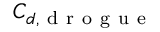
C _ { d , \mathrm { ~ d ~ r ~ o ~ g ~ u ~ e ~ } }